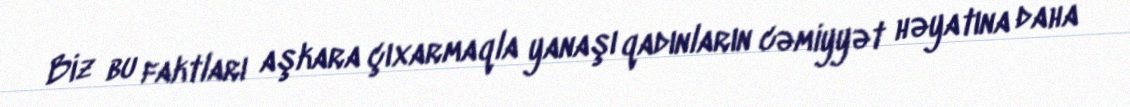
Biz bu faktları aşkara çıxarmaqla yanaşı qadınların cəmiyyət həyatına daha